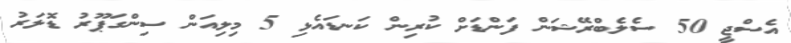
އެސްޖީ 50 ސެލެބްރޭޝަން ފަންޑަށް ކުރިން ކަނޑައެޅި 5 މިލިއަން ސިންގަޕޫރު ޑޮލަރު